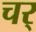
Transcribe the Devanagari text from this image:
चर्